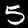
Digit: 5